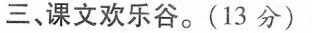
三、课文欢乐谷。(13分)